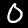
Label: 0